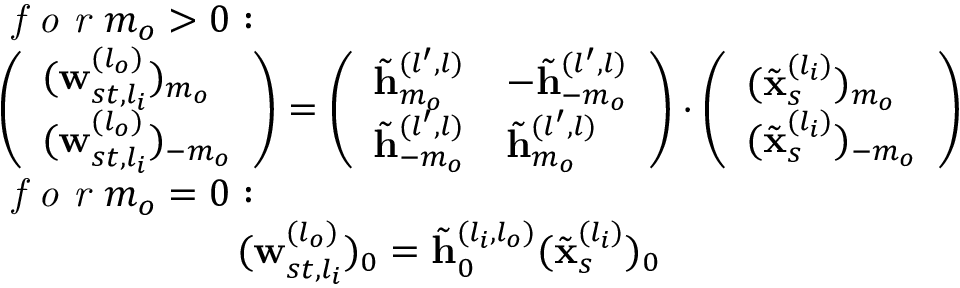
\begin{array} { r l } & { \textit { f o r } m _ { o } > 0 : } \\ & { \left( \begin{array} { l } { ( \mathbf { w } _ { s t , l _ { i } } ^ { ( l _ { o } ) } ) _ { m _ { o } } } \\ { ( \mathbf { w } _ { s t , l _ { i } } ^ { ( l _ { o } ) } ) _ { - m _ { o } } } \end{array} \right) = \left( \begin{array} { l l } { \tilde { \mathbf { h } } _ { m _ { o } } ^ { ( l ^ { \prime } , l ) } } & { - \tilde { \mathbf { h } } _ { - m _ { o } } ^ { ( l ^ { \prime } , l ) } } \\ { \tilde { \mathbf { h } } _ { - m _ { o } } ^ { ( l ^ { \prime } , l ) } } & { \tilde { \mathbf { h } } _ { m _ { o } } ^ { ( l ^ { \prime } , l ) } } \end{array} \right) \cdot \left( \begin{array} { l } { ( \tilde { \mathbf { x } } _ { s } ^ { ( l _ { i } ) } ) _ { m _ { o } } } \\ { ( \tilde { \mathbf { x } } _ { s } ^ { ( l _ { i } ) } ) _ { - m _ { o } } } \end{array} \right) } \\ & { \textit { f o r } m _ { o } = 0 : } \\ & { \quad \quad \quad \quad \quad \quad ( \mathbf { w } _ { s t , l _ { i } } ^ { ( l _ { o } ) } ) _ { 0 } = \tilde { \mathbf { h } } _ { 0 } ^ { ( l _ { i } , l _ { o } ) } ( \tilde { \mathbf { x } } _ { s } ^ { ( l _ { i } ) } ) _ { 0 } } \end{array}